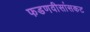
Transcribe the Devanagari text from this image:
फडणवीसांसकट